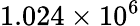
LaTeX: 1.024\times 10^{6}